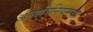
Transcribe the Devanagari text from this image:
अल्युमिनियमचा